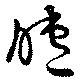
睫